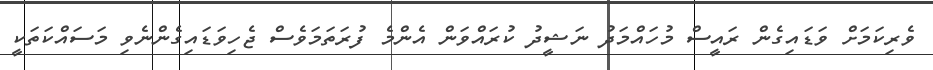
ވެރިކަމަށް ވަޑައިގެން ރައީސް މުހައްމަދު ނަޝީދު ކުރައްވަން އެންމެ ފުރަތަމަވެސް ޖެހިވަޑައިގެންނެވި މަސައްކަތަކީ